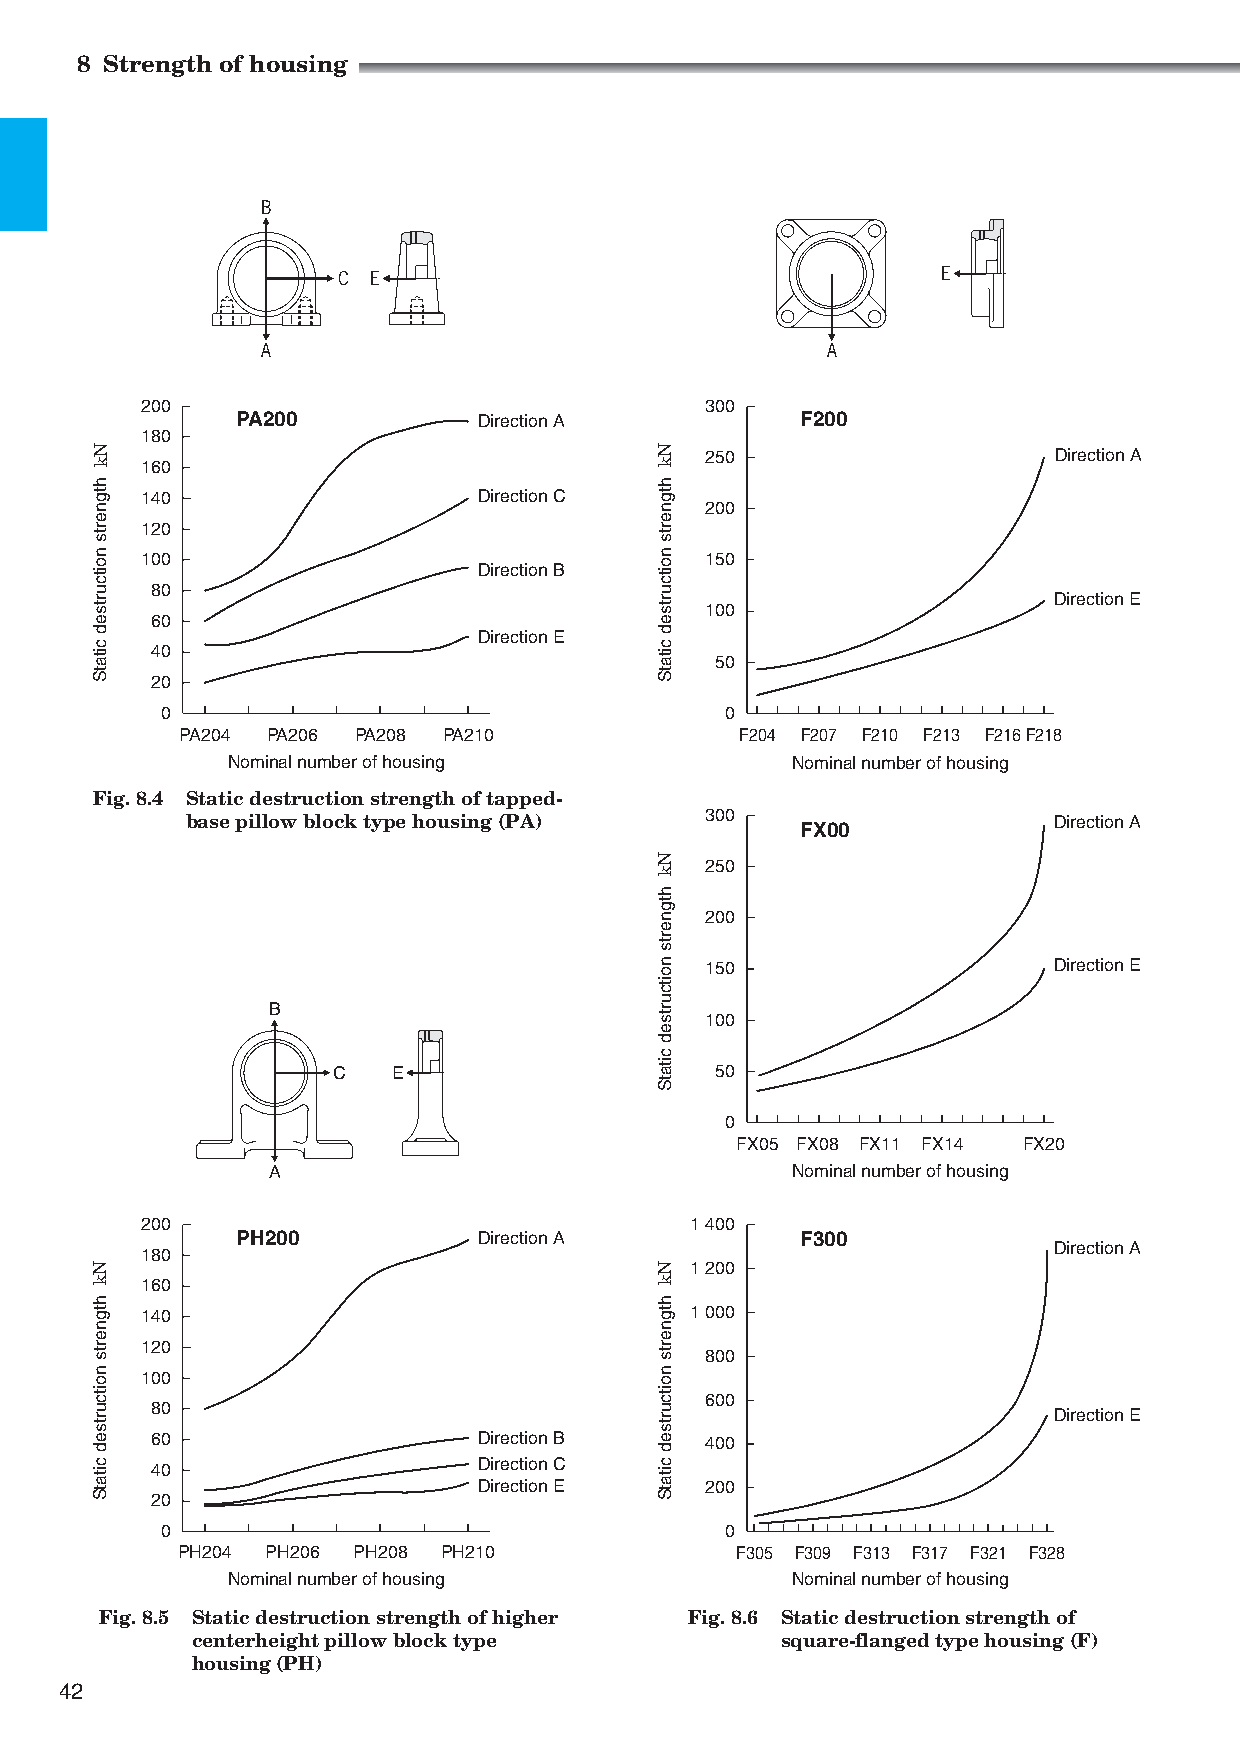
8 Strength of housing
 B
 C E                                     E
 A                                     A
 200                                   300
 PA200           Direction A          F200
 180
 250                    Direction A
 160
 140                    Direction C
 200
 120
 100                                   150
 Direction B
 80
 Direction E
 100
 60
 Direction E
 40
 50
 20
 0                                    0
 PA204 PA206 PA208 PA210              F204 F207 F210 F213 F216F218
 Nominal number of housing            Nominal number of housing
 Fig. 8.4 S tatic destruction strength of tapped-
 base pillow block type housing (PA) 300  FX00             Direction A
 250
 200
 150                    Direction E
 B
 100
 C   E                    50
 0
 FX05 FX08 FX11 FX14 FX20
 A                                 Nominal number of housing
 200                                  1 400
 PH200           Direction A          F300
 Direction A
 180
 1 200
 160
 140                                  1 000
 120
 800
 100
 600
 80
 Direction E
 60                    Direction B    400
 40                    Direction C
 Direction E    200
 20
 0                                    0
 PH204 PH206 PH208 PH210              F305 F309 F313 F317 F321 F328
 Nominal number of housing            Nominal number of housing
 Fig. 8.5 S tatic destruction strength of higher Fig. 8.6 S tatic destruction strength of
 centerheight pillow block type         square-flanged type housing (F)
 housing (PH)
 42
 Nk
 htgnerts
 noitcurtsed
 citatS
 Nk
 htgnerts
 noitcurtsed
 citatS
 Nk
 htgnerts
 noitcurtsed
 citatS
 Nk
 htgnerts
 noitcurtsed
 citatS
 Nk
 htgnerts
 noitcurtsed
 citatS